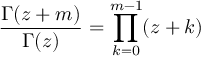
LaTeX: { \frac { \Gamma ( z + m ) } { \Gamma ( z ) } } = \prod _ { k = 0 } ^ { m - 1 } ( z + k )